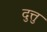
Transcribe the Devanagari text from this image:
दुत्तु